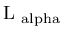
\mathrm { { L _ { \ a l p h a } } }